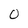
Character: 0